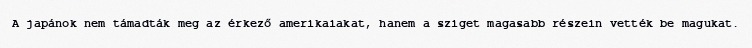
A japánok nem támadták meg az érkező amerikaiakat, hanem a sziget magasabb részein vették be magukat.